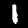
Digit: 1